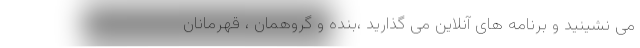
می نشینید و برنامه های آنلاین می گذارید ،بنده و گروهمان ، قهرمانان